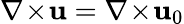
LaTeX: \nabla\! \times\! \mathbf{u}=\nabla\! \times\! \mathbf{u}_{0}